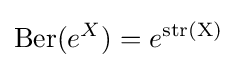
\mathrm {Ber} (e^{X})=e^{\mathrm {str(X)} }